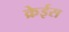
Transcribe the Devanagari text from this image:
क्रेईस